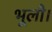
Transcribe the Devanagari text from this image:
भूलौ।